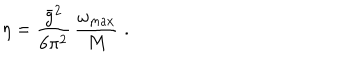
LaTeX: \eta = \frac { \bar { g } ^ { 2 } } { 6 \pi ^ { 2 } } \, \frac { \omega _ { \mathrm { m a x } } } { M } \; .